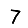
Digit: 7